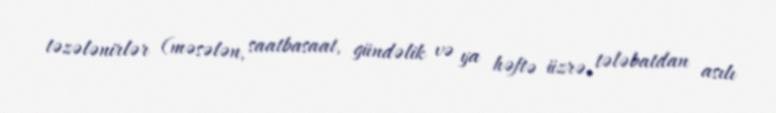
təzələnirlər (məsələn, saatbasaat, gündəlik və ya həftə üzrə, tələbatdan asılı